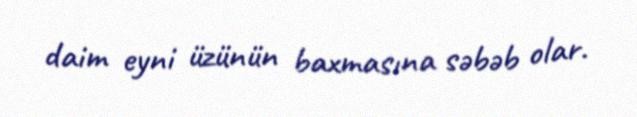
daim eyni üzünün baxmasına səbəb olar.